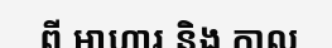
ពី ឤហារ និង កាល